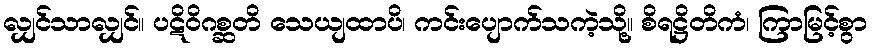
လျှင်သာလျှင်။ ပဋိဝိဂစ္ဆတိ သေယျထာပိ၊ ကင်းပျောက်သကဲ့သို့။ စိရဋ္ဌိတိကံ၊ ကြာမြင့်စွာ